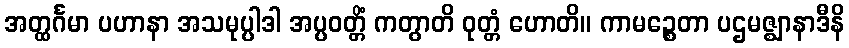
အတ္ထင်္ဂမာ ပဟာနာ အသမုပ္ပါဒါ အပ္ပဝတ္တိံ ကတွာတိ ဝုတ္တံ ဟောတိ။ ကာမဉ္စေတာ ပဌမဇ္ဈာနာဒီနိ